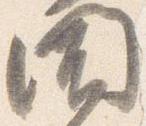
聞